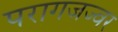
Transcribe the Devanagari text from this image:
परागजज्वर